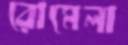
রোমেলা